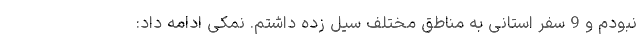
نبودم و 9 سفر استانی به مناطق مختلف سیل زده داشتم. نمکی ادامه داد: